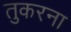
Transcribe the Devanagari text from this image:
तुकरना